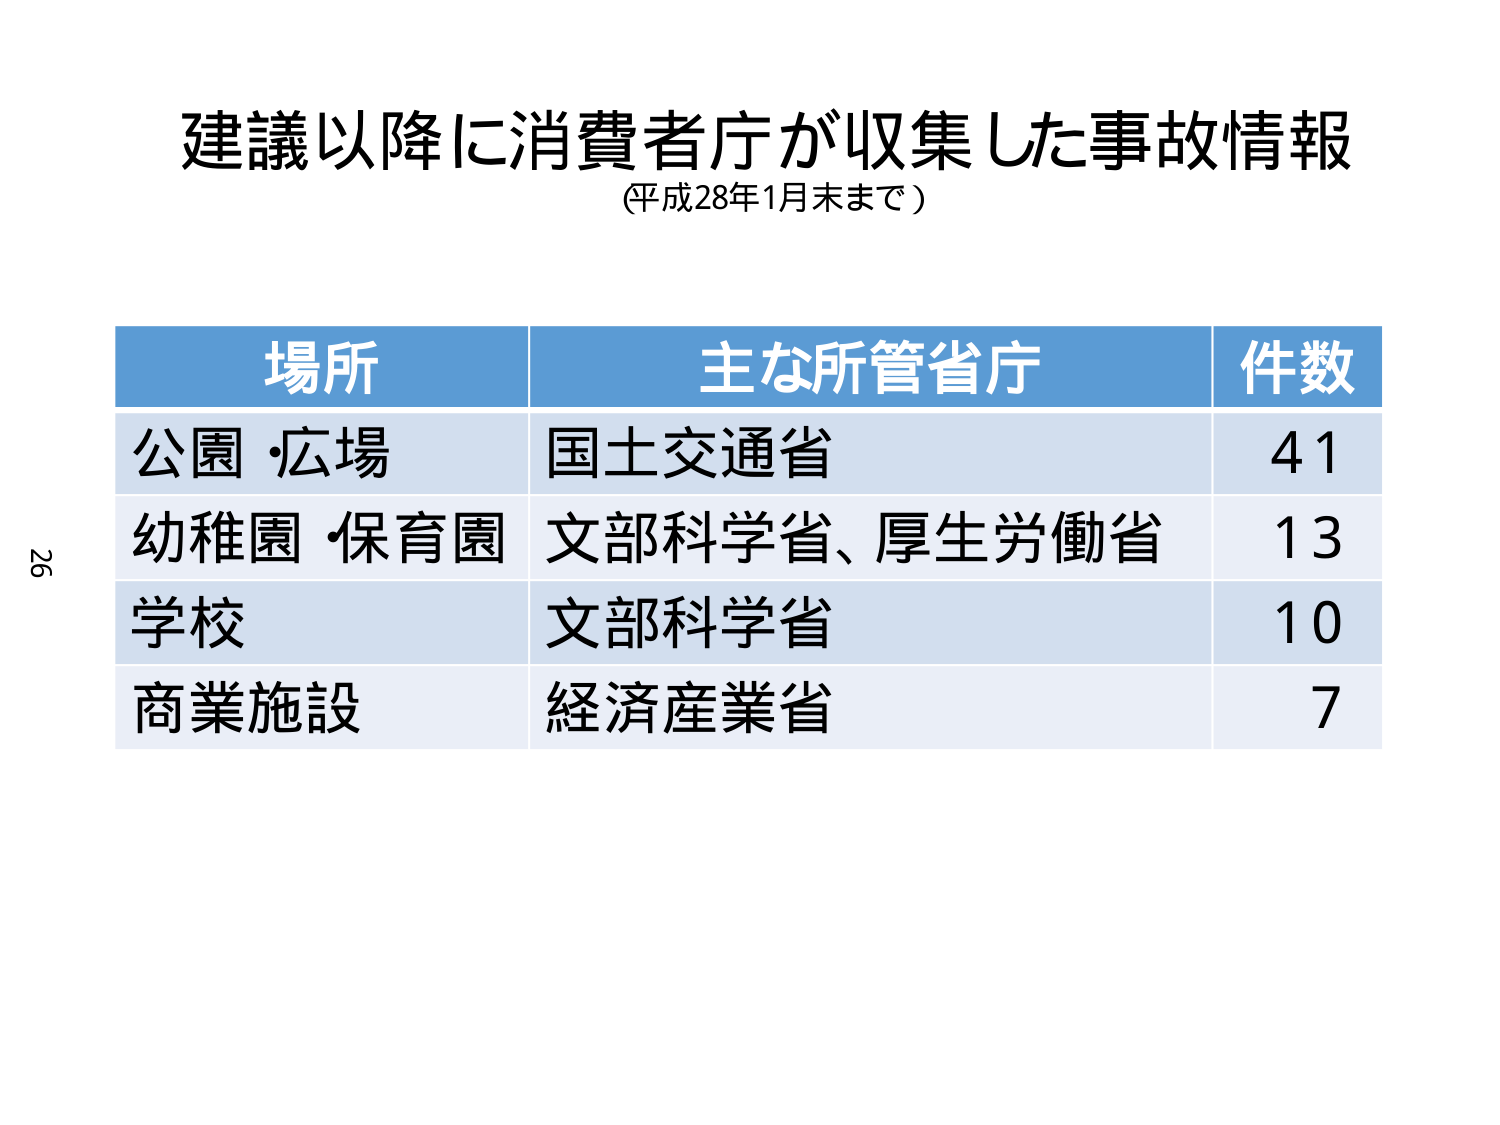
建議以降に消費者庁が収集した事故情報
(平成28年1月末まで)

場所　主な所管省庁　件数
公園・広場　国土交通省　41
幼稚園・保育園　文部科学省、厚生労働省　13
学校　文部科学省　10
商業施設　経済産業省　7

26